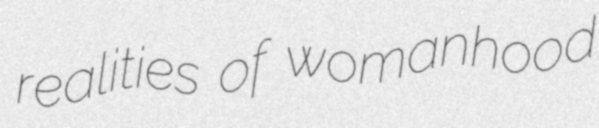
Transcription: realities of womanhood